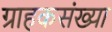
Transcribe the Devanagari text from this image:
ग्राहकसंख्या